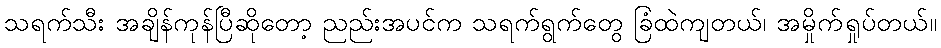
သရက်သီး အချိန်ကုန်ပြီဆိုတော့ ညည်းအပင်က သရက်ရွက်တွေ ခြံထဲကျတယ်၊ အမှိုက်ရှုပ်တယ်။